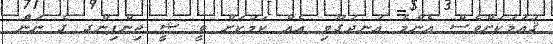
ޤައުމަކަށްވެސް އެންމެ އުނދަގޫވި އެއް ކަމަކަށް ވީ ޝީ ޖިންޕިންގ ގެ ނަން